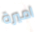
اميرة